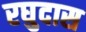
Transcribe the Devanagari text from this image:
रघुदास